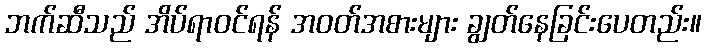
ဘက်ဆီသည် အိပ်ရာဝင်ရန် အဝတ်အစားများ ချွတ်နေခြင်းပေတည်း။